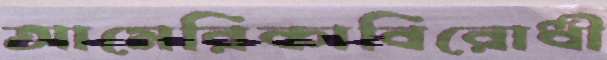
আমেরিকাবিরোধী